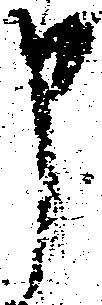
申